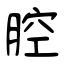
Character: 腔